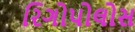
રિગોપોલોસ